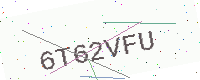
Text: 6T62VFU